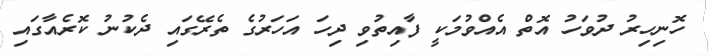
ހޮނިހިރު ދުވަހު އޮތް އެއްވުމަކީ ފާއިތުވި ދިހަ އަހަރުގެ ތެރޭގައި ދެކުނު ކޮރެއާގައި